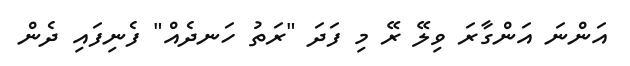
އަންނަ އަންގާރަ ވިލޭ ރޭ މި ފަދަ "ރަތު ހަނދެއް" ފެނިފައި ދެން